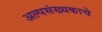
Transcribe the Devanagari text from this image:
अल्पसंख्यकाचे